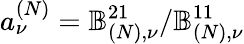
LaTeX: a_{\nu}^{(N)}=\mathbb{B}_{(N),\nu}^{21}/\mathbb{B}_{(N),\nu}^{11}